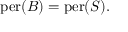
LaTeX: \mathrm { p e r } ( B ) = \mathrm { p e r } ( S ) .